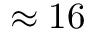
\approx 1 6